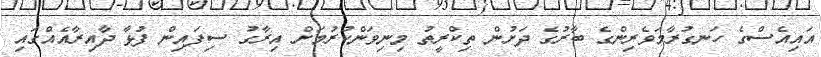
އައިއެސްގެ ހަނގުރާމަވެރިންގެ ބާރުގެ ދަށުން ތިކްރީތު މިނިވަންކުރުމަށް އިރާގު ސިފައިން ފުޅާ ދާއިރާއެއްގައި